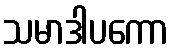
သမာဒါပကော